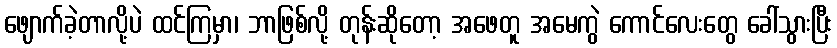
ဖျောက်ခဲ့တာလို့ပဲ ထင်ကြမှာ၊ ဘာဖြစ်လို့ တုန်းဆိုတော့ အဖေတူ အမေကွဲ ကောင်လေးတွေ ခေါ်သွားပြီး